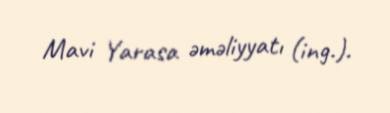
Mavi Yarasa əməliyyatı (ing.).